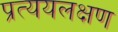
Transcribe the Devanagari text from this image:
प्रत्ययलक्षण